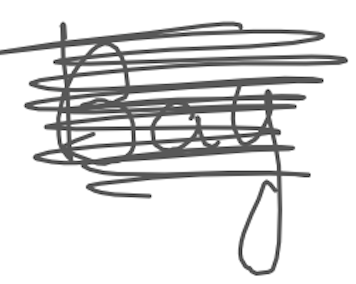
Text: Bay
Cross-out: scratch
Writing tool: digital_gray